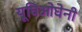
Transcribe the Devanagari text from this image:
यूघिओघेनी